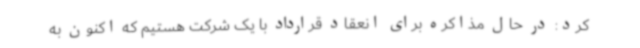
کرد: در حال مذاکره برای انعقاد قرارداد با یک شرکت هستیم که اکنون به